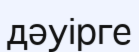
дәуірге